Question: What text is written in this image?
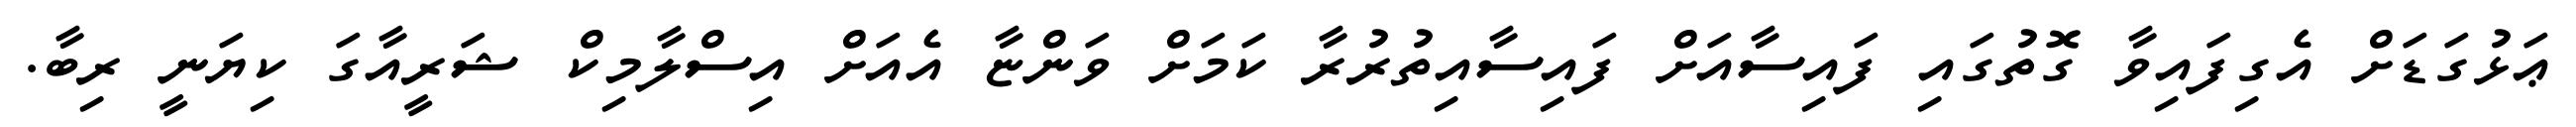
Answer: ޢަޅުގަޑަށް އެގިފައިވާ ގޮތުގައި ފައިސާއަށް ފައިސާއިތުރުރާ ކަމަށް ވަންޏާ އެއަށް އިސްލާމިކް ޝަރީއާގަ ކިޔަނީ ރިބާ.